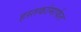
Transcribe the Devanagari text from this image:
हस्तकांमार्फत